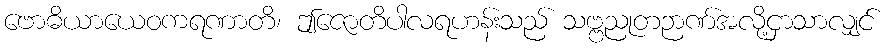
ဗောဓိယာယေဝကရဏာတိ၊ ဤဇောတိပါလရဟန်းသည် သဗ္ဗညုတဉာဏ်အလို့ငှာသာလျှင်